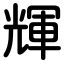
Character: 輝